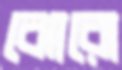
ঝোরো